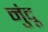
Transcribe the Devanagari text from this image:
नुंदू